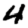
Digit: 4